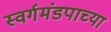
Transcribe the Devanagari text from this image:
स्वर्गमंडपाच्या